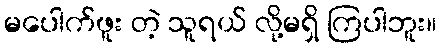
မပေါက်ဖူး တဲ့ သူရယ် လို့မရှိ ကြပါဘူး။